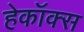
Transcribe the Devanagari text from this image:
हेकॉक्स